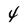
Character: 4